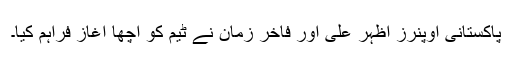
پاکستانی اوپنرز اظہر علی اور فاخر زمان نے ٹیم کو اچھا آغاز فراہم کیا۔